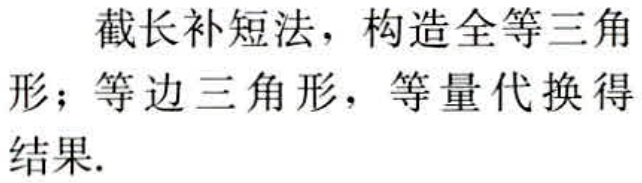
截长补短法，构造全等三角形；等边三角形，等量代换得结果.